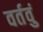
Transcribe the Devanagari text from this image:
वर्तवुं